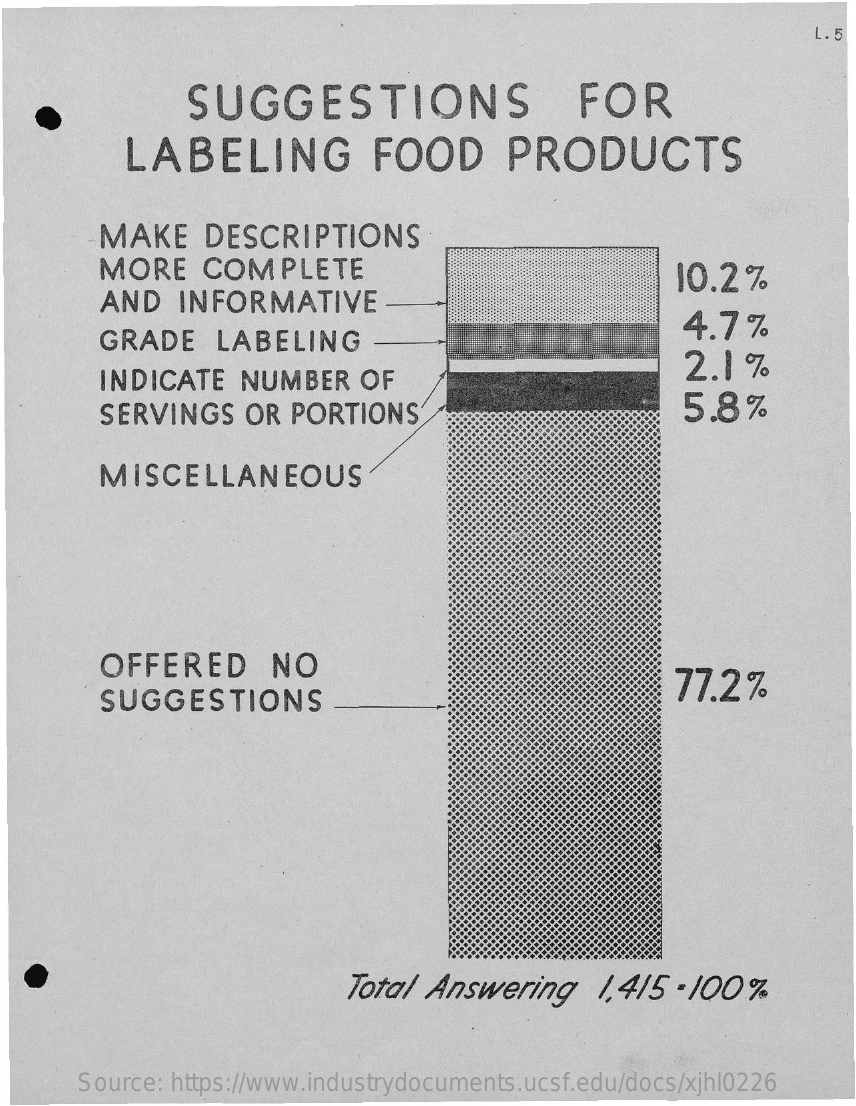
L. 5
     SUGGESTIONS    FOR
     LABELING    FOOD    PRODUCTS
     MAKE    DESCRIPTIONS
     MORE    COMPLETE    10.2%
     AND   INFORMATIVE
     GRADE    LABELING
     4.7%
     INDICATE   NUMBER    OF
     2.1  %
     SERVINGS    OR PORTIONS    5.8%
     MISCELLANEOUS
     OFFERED    NO
     SUGGESTIONS
     77.2%
     Total  Answering    1,415  - 100 %
     Source: https://www.industrydocuments.ucsf.edu/docs/xjhl0226